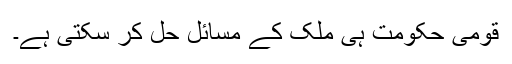
قومی حکومت ہی ملک کے مسائل حل کر سکتی ہے۔